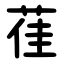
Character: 龿